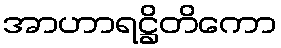
အာဟာရဋ္ဌိတိကော